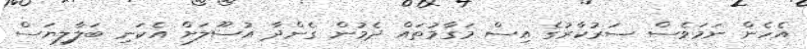
އެހެން ނަމަވެސް ސަރުކާރުގެ އިސް މަގާމުތައް ދެމުން ގެންދާ އުސޫލަށް އެކަނި ބަލާލިޔަސް